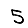
Digit: 5